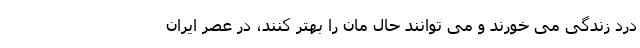
درد زندگی می خورند و می توانند حال مان را بهتر کنند، در عصر ایران